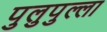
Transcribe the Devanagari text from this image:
पुलुपुल्ला